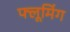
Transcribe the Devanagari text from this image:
फ्लूमिंग